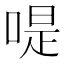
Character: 㖷